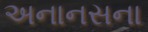
અનાનસના